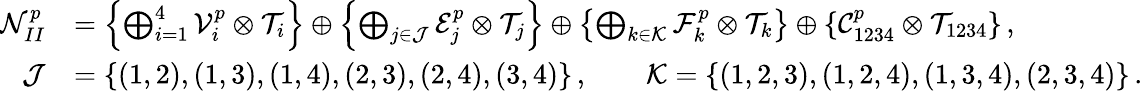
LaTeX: \begin{array}{rl}{\mathcal{N}_{II}^{p}}&{=\left\{ \bigoplus_{i=1}^{4}\mathcal{V}_{i}^{p}\otimes\mathcal{T}_{i}\right\} \oplus\left\{ \bigoplus_{j\in\mathcal{J}}\mathcal{E}_{j}^{p}\otimes\mathcal{T}_{j}\right\} \oplus\left\{ \bigoplus_{k\in\mathcal{K}}\mathcal{F}_{k}^{p}\otimes\mathcal{T}_{k}\right\} \oplus\{ \mathcal{C}_{1234}^{p}\otimes\mathcal{T}_{1234}\} \, ,}\\ {\mathcal{J}}&{=\{ (1,2),(1,3),(1,4),(2,3),(2,4),(3,4)\} \, ,\qquad\mathcal{K}=\{ (1,2,3),(1,2,4),(1,3,4),(2,3,4)\} \, .}\end{array}